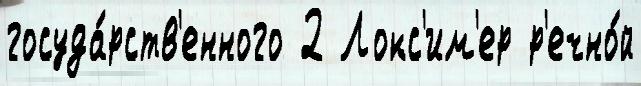
госуда́рств'енного 2 Локс'им'ер р'ечно́й